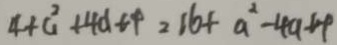
4 + a ^ { 2 } + 4 d t + = 1 6 + a ^ { 2 } - 4 a + 4